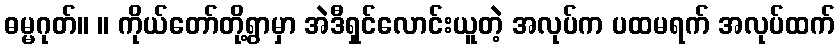
ဓမ္မဂုတ်။ ။ ကိုယ်တော်တို့ရွာမှာ အဲဒီရှင်လောင်းယူတဲ့ အလုပ်က ပထမရက် အလုပ်ထက်